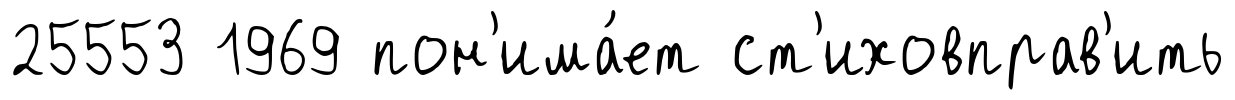
25553 1969 пон'има́ет ст'иховправ'ить